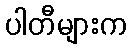
ပါတီများက